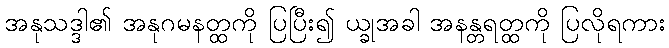
အနုသဒ္ဒါ၏ အနုဂမနတ္ထကို ပြပြီး၍ ယ္ခုအခါ အနန္တရတ္ထကို ပြလိုရကား